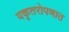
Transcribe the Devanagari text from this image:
यकृतरोपणात